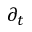
\partial _ { t }